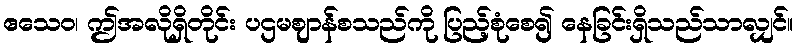
ဧသေဝ၊ ဤအလိုရှိတိုင်း ပဌမဈာန်စသည်ကို ပြည့်စုံစေ၍ နေခြင်းရှိသည်သာလျှင်။